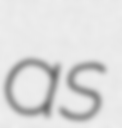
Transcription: as